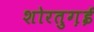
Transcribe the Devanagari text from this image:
शोरतुग़ई